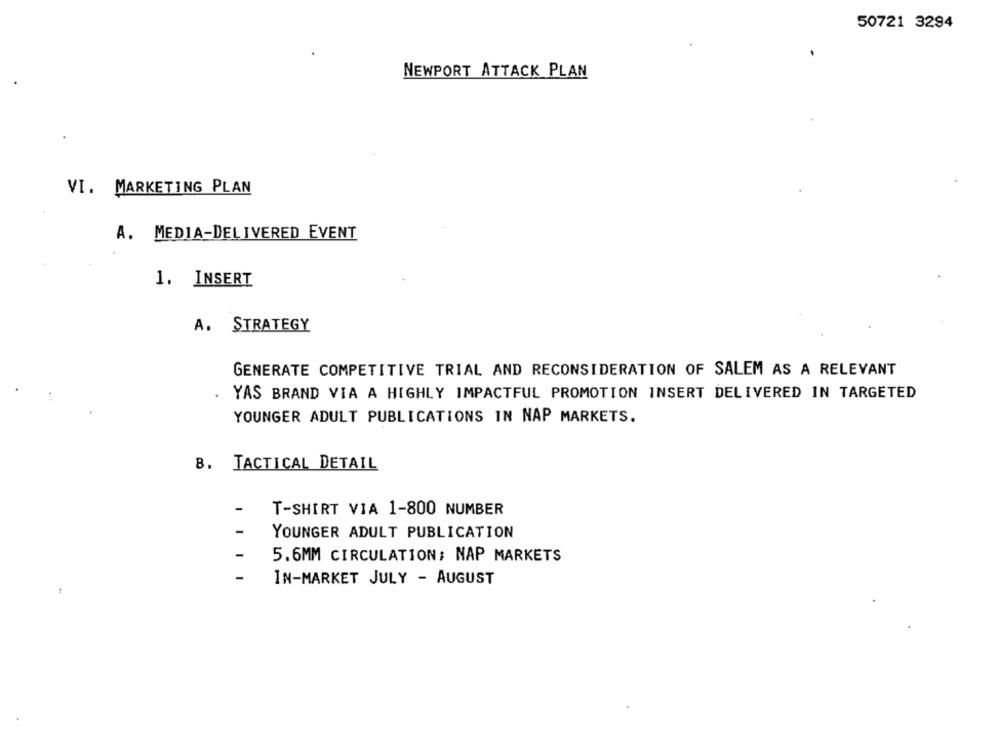
50721 3294
NEWPORT ATTACK PLAN
VI. MARKETING PLAN
A. MEDIA-DELIVERED EVENT
1. INSERT
A. STRATEGY
GENERATE COMPETITIVE TRIAL AND RECONSIDERATION OF SALEM AS A RELEVANT
YAS BRAND VIA A HIGHLY IMPACTFUL PROMOTION INSERT DELIVERED IN TARGETED
YOUNGER ADULT PUBLICATIONS IN NAP MARKETS.
B.
TACTICAL DETAIL
-
T-SHIRT VIA 1-800 NUMBER
YOUNGER ADULT PUBLICATION
5.6MM CIRCULATION; NAP MARKETS
-
IN-MARKET JULY - AUGUST